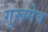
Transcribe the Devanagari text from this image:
गुरूमेव